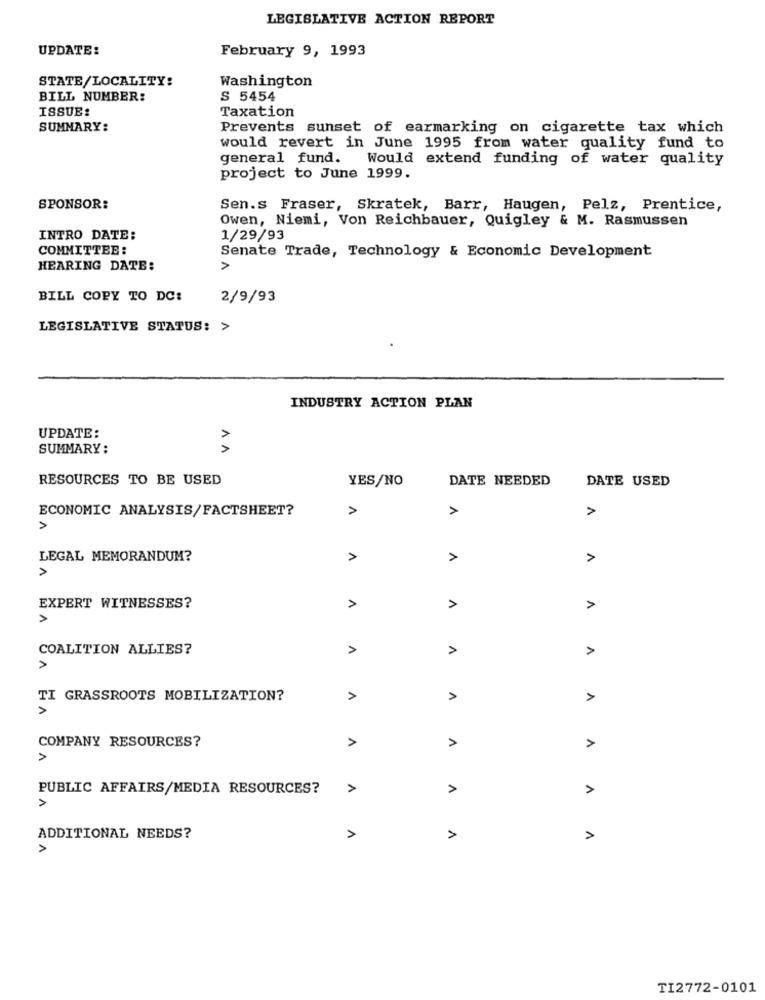
LEGISLATIVE ACTION REPORT
UPDATE:
February 9, 1993
Washington
STATE/LOCALITY:
BILL NUMBER:
S 5454
ISSUE:
Taxation
SUMMARY:
Prevents sunset of earmarking on cigarette tax which
would revert in June 1995 from water quality fund to
general fund. Would extend funding of water quality
project to June 1999.
SPONSOR:
Sen.s Fraser, Skratek, Barr, Haugen, Pelz, Prentice,
Owen, Niemi, Von Reichbauer, Quigley & M. Rasmussen
INTRO DATE:
1/29/93
COMMITTEE :
Senate Trade, Technology & Economic Development
HEARING DATE:
>
BILL COPY TO DC:
2/9/93
LEGISLATIVE STATUS: >
INDUSTRY ACTION PLAN
UPDATE:
SUMMARY :
AA
RESOURCES TO BE USED
YES/NO
DATE NEEDED
DATE USED
ECONOMIC ANALYSIS/FACTSHEET?
>
>
LEGAL MEMORANDUM?
>
A
EXPERT WITNESSES?
>
COALITION ALLIES?
A
>
TI GRASSROOTS MOBILIZATION?
A
A
>
COMPANY RESOURCES?
A
A
>
PUBLIC AFFAIRS/MEDIA RESOURCES?
>
A
A
A
ADDITIONAL NEEDS?
A
1
TI2772-0101